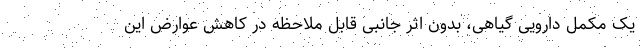
یک مکمل دارویی گیاهی، بدون اثر جانبی قابل ملاحظه در کاهش عوارض این